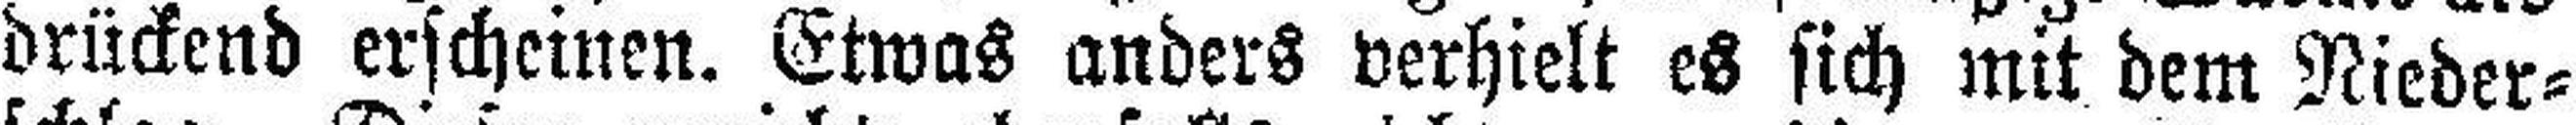
drückend erscheinen. Etwas anders verhielt es sich mit dem Nieder¬